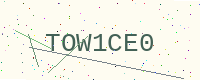
Text: TOW1CE0